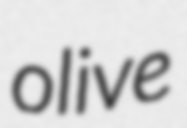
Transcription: olive